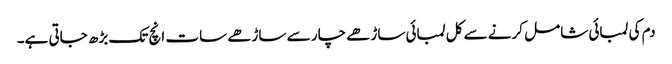
دم کی لمبائی شامل کرنے سے کل لمبائی ساڑھے چار سے ساڑھے سات انچ تک بڑھ جاتی ہے۔